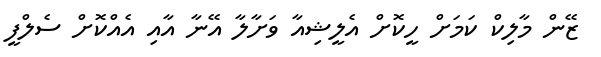
ޒޭން މާލިކް ކަމަށް ހީކޮށް އެލީޝިއާ ވަށާލާ އޭނާ އާއި އެއްކޮށް ސެލްފީ